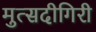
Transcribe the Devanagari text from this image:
मुत्सदीगिरी